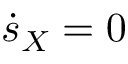
\dot { s } _ { X } = 0